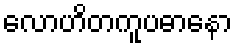
လောဟိတကူပဓာနော